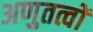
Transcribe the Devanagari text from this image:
अणुतत्वों